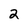
Character: 2